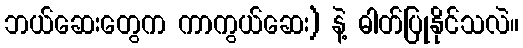
ဘယ်ဆေးတွေက ကာကွယ်ဆေး) နဲ့ ဓါတ်ပြုနိုင်သလဲ။